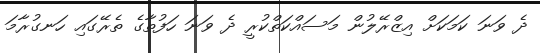
ދެ ވަނަ ކަމަކަށް އިޒްރޭލުން މަސައްކަތްކުރީ ދެ ވަނަ ހަފުތާގެ ތެރޭގައި ހަނގުރާމަ